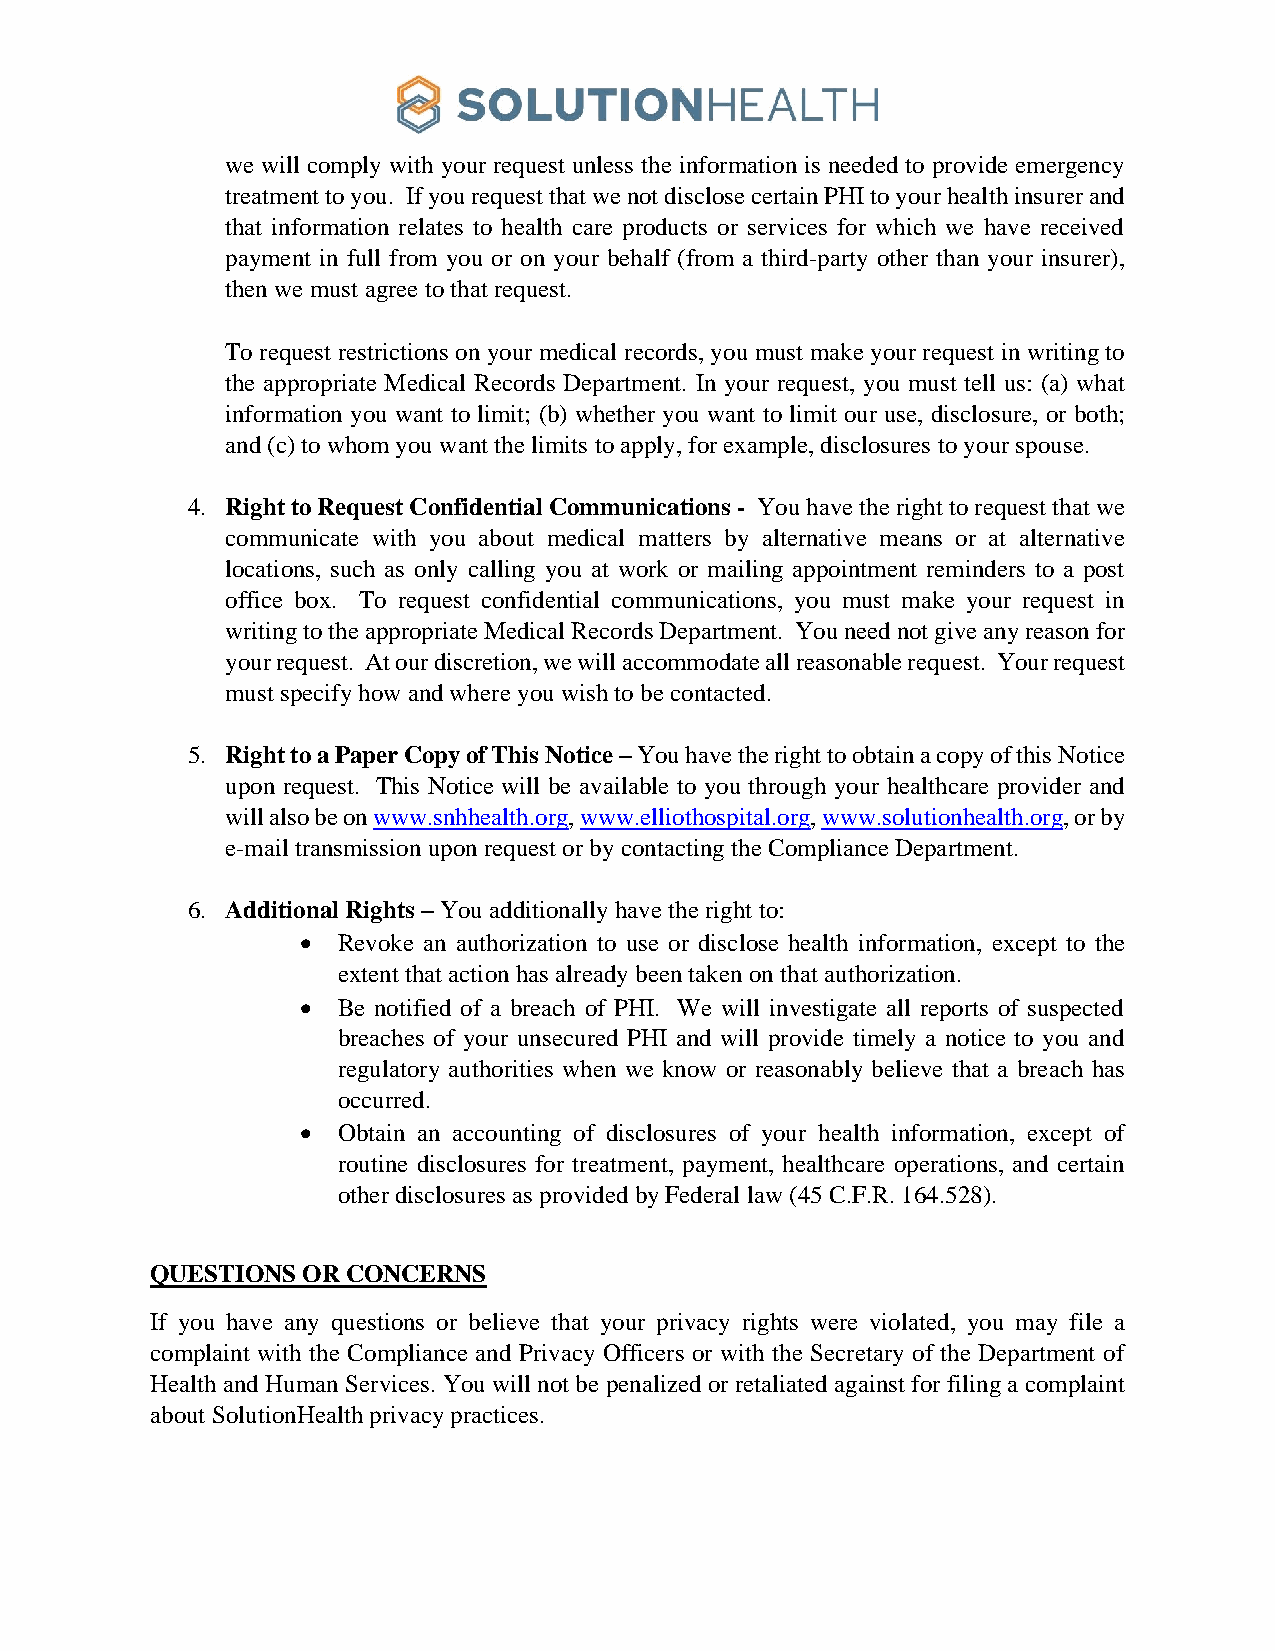
we will comply with your request unless the information is needed to provide emergency
 treatment to you. If you request that we not disclose certain PHI to your health insurer and
 that information relates to health care products or services for which we have received
 payment in full from you or on your behalf (from a third-party other than your insurer),
 then we must agree to that request.
 To request restrictions on your medical records, you must make your request in writing to
 the appropriate Medical Records Department. In your request, you must tell us: (a) what
 information you want to limit; (b) whether you want to limit our use, disclosure, or both;
 and (c) to whom you want the limits to apply, for example, disclosures to your spouse.
 4. Right to Request Confidential Communications - You have the right to request that we
 communicate with you about medical matters by alternative means or at alternative
 locations, such as only calling you at work or mailing appointment reminders to a post
 office box. To request confidential communications, you must make your request in
 writing to the appropriate Medical Records Department. You need not give any reason for
 your request. At our discretion, we will accommodate all reasonable request. Your request
 must specify how and where you wish to be contacted.
 5. Right to a Paper Copy of This Notice – You have the right to obtain a copy of this Notice
 upon request. This Notice will be available to you through your healthcare provider and
 will also be on www.snhhealth.org, www.elliothospital.org, www.solutionhealth.org, or by
 e-mail transmission upon request or by contacting the Compliance Department.
 6. Additional Rights – You additionally have the right to:
 • Revoke an authorization to use or disclose health information, except to the
 extent that action has already been taken on that authorization.
 • Be notified of a breach of PHI. We will investigate all reports of suspected
 breaches of your unsecured PHI and will provide timely a notice to you and
 regulatory authorities when we know or reasonably believe that a breach has
 occurred.
 • Obtain an accounting of disclosures of your health information, except of
 routine disclosures for treatment, payment, healthcare operations, and certain
 other disclosures as provided by Federal law (45 C.F.R. 164.528).
 QUESTIONS OR CONCERNS
 If you have any questions or believe that your privacy rights were violated, you may file a
 complaint with the Compliance and Privacy Officers or with the Secretary of the Department of
 Health and Human Services. You will not be penalized or retaliated against for filing a complaint
 about SolutionHealth privacy practices.